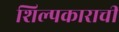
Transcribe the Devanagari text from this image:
शिल्पकाराची